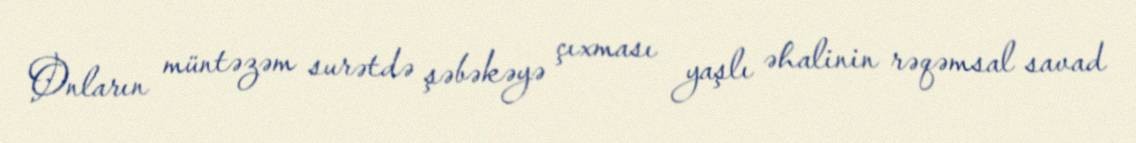
Onların müntəzəm surətdə şəbəkəyə çıxması yaşlı əhalinin rəqəmsal savad